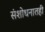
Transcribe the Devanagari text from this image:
संशोधनातही